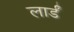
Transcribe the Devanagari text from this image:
लार्डं